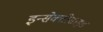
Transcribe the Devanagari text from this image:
इन्सेक्टीसाइड